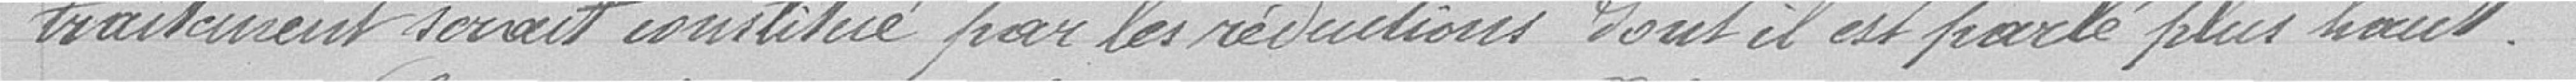
traitement serait constitué par les réductions dont il est parlé plus haut.